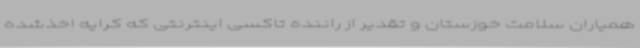
همیاران سلامت خوزستان و تقدیر از راننده تاکسی اینترنتی که کرایه اخذشده